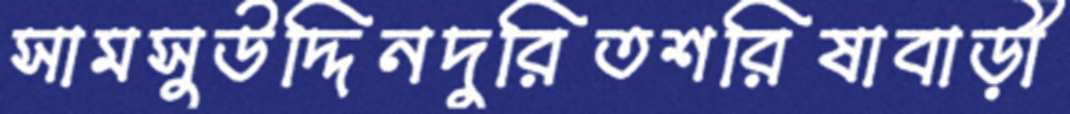
সামসুউদ্দিনদুরিতশরিষাবাড়ী